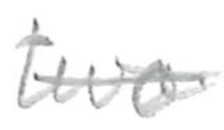
Text: two
Cross-out: single-line
Writing tool: pencil